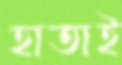
হাতাই